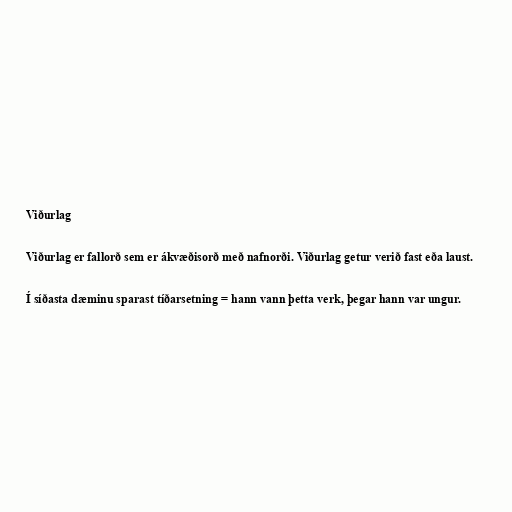
Viðurlag

Viðurlag er fallorð sem er ákvæðisorð með nafnorði. Viðurlag getur verið fast eða laust.

Í síðasta dæminu sparast tíðarsetning = hann vann þetta verk, þegar hann var ungur.